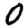
Digit: 0